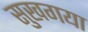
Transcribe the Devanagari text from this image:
सुखगया